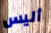
أليس